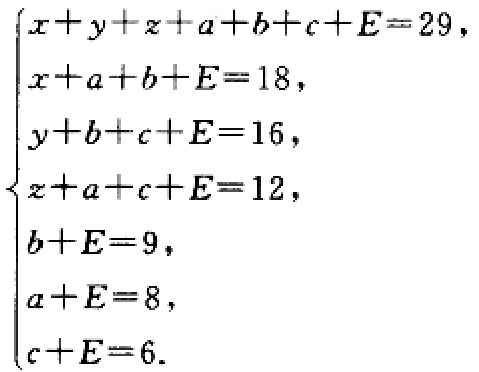
\begin{equation}

\begin{cases}

x + y+z + a + b + c+E = 29,\\

x + a + b+E = 18,\\

y + b + c+E = 16,\\

z + a + c+E = 12,\\

b + E = 9,\\

a + E = 8,\\

c + E = 6.

\end{cases}

\end{equation}